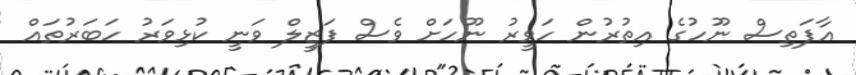
އާފަތިސް ނޫހުގެ އިތުރުން ހަވީރު ނޫހަށް ވެސް ފަޒީލް ވަނީ ކުޅިވަރު ހަބަރުތައް